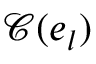
\mathcal { C } ( e _ { l } )